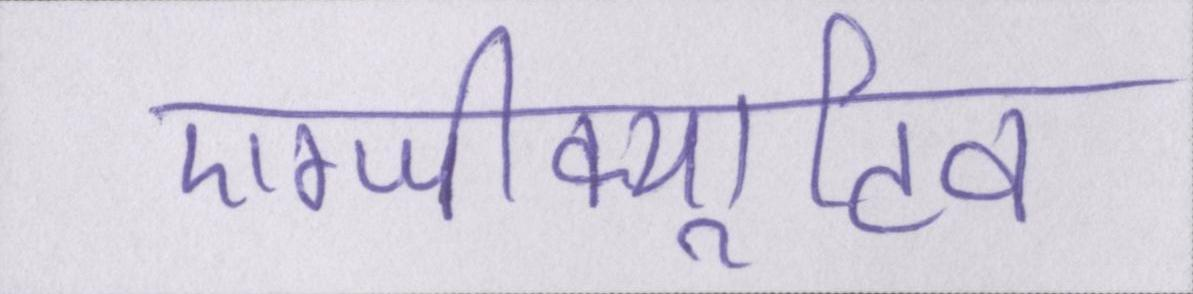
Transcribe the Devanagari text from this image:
एग्जीक्यूटिव